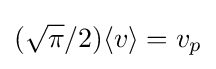
({\sqrt {\pi }}/2)\langle v\rangle =v_{p}